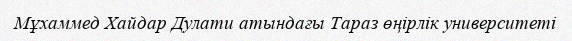
Мұхаммед Хайдар Дулати атындағы Тараз өңірлік университеті